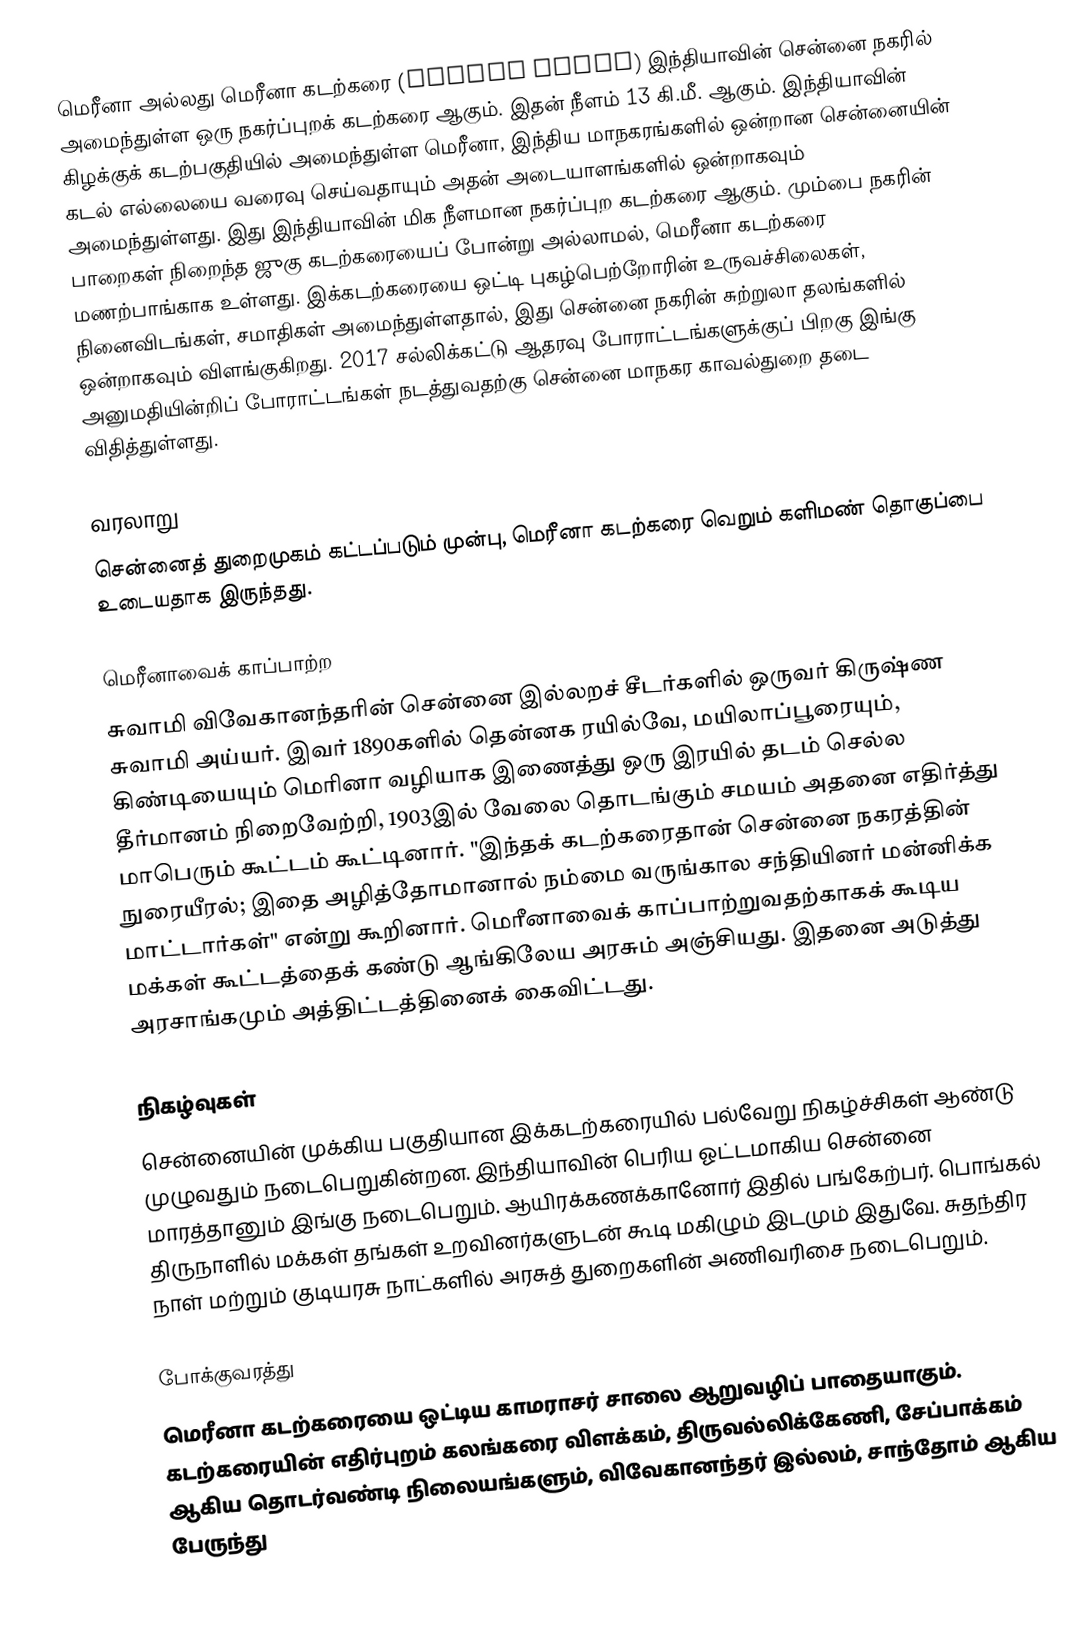
மெரீனா அல்லது மெரீனா கடற்கரை (Marina Beach) இந்தியாவின் சென்னை நகரில் அமைந்துள்ள ஒரு நகர்ப்புறக் கடற்கரை ஆகும். இதன் நீளம் 13 கி.மீ. ஆகும். இந்தியாவின் கிழக்குக் கடற்பகுதியில் அமைந்துள்ள மெரீனா, இந்திய மாநகரங்களில் ஒன்றான சென்னையின் கடல் எல்லையை வரைவு செய்வதாயும் அதன் அடையாளங்களில் ஒன்றாகவும் அமைந்துள்ளது. இது இந்தியாவின் மிக நீளமான நகர்ப்புற கடற்கரை ஆகும். மும்பை நகரின் பாறைகள் நிறைந்த ஜுகு கடற்கரையைப் போன்று அல்லாமல், மெரீனா கடற்கரை மணற்பாங்காக உள்ளது. இக்கடற்கரையை ஒட்டி புகழ்பெற்றோரின் உருவச்சிலைகள், நினைவிடங்கள், சமாதிகள் அமைந்துள்ளதால், இது சென்னை நகரின் சுற்றுலா தலங்களில் ஒன்றாகவும் விளங்குகிறது. 2017 சல்லிக்கட்டு ஆதரவு போராட்டங்களுக்குப் பிறகு இங்கு அனுமதியின்றிப் போராட்டங்கள் நடத்துவதற்கு சென்னை மாநகர காவல்துறை தடை விதித்துள்ளது.

வரலாறு
சென்னைத் துறைமுகம் கட்டப்படும் முன்பு, மெரீனா கடற்கரை வெறும் களிமண் தொகுப்பை உடையதாக இருந்தது.

மெரீனாவைக் காப்பாற்ற
சுவாமி விவேகானந்தரின் சென்னை இல்லறச் சீடர்களில் ஒருவர் கிருஷ்ண சுவாமி அய்யர். இவர் 1890களில் தென்னக ரயில்வே, மயிலாப்பூரையும், கிண்டியையும் மெரினா வழியாக இணைத்து ஒரு இரயில் தடம் செல்ல தீர்மானம் நிறைவேற்றி, 1903இல் வேலை தொடங்கும் சமயம் அதனை எதிர்த்து மாபெரும் கூட்டம் கூட்டினார். "இந்தக் கடற்கரைதான் சென்னை நகரத்தின் நுரையீரல்; இதை அழித்தோமானால் நம்மை வருங்கால சந்தியினர் மன்னிக்க மாட்டார்கள்" என்று கூறினார். மெரீனாவைக் காப்பாற்றுவதற்காகக் கூடிய மக்கள் கூட்டத்தைக் கண்டு ஆங்கிலேய அரசும் அஞ்சியது. இதனை அடுத்து அரசாங்கமும் அத்திட்டத்தினைக் கைவிட்டது.

நிகழ்வுகள்
சென்னையின் முக்கிய பகுதியான இக்கடற்கரையில் பல்வேறு நிகழ்ச்சிகள் ஆண்டு முழுவதும் நடைபெறுகின்றன. இந்தியாவின் பெரிய ஓட்டமாகிய சென்னை மாரத்தானும் இங்கு நடைபெறும். ஆயிரக்கணக்கானோர் இதில் பங்கேற்பர். பொங்கல் திருநாளில் மக்கள் தங்கள் உறவினர்களுடன் கூடி மகிழும் இடமும் இதுவே. சுதந்திர நாள் மற்றும் குடியரசு நாட்களில் அரசுத் துறைகளின் அணிவரிசை நடைபெறும்.

போக்குவரத்து
மெரீனா கடற்கரையை ஒட்டிய காமராசர் சாலை ஆறுவழிப் பாதையாகும். கடற்கரையின் எதிர்புறம் கலங்கரை விளக்கம், திருவல்லிக்கேணி, சேப்பாக்கம் ஆகிய தொடர்வண்டி நிலையங்களும், விவேகானந்தர் இல்லம், சாந்தோம் ஆகிய பேருந்து